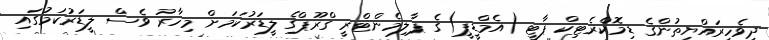
ދިވެހިރައްޔިތުންގެ ޑިމޮކްރެޓިކް ޕާޓީ (އެމްޑީޕީ)ގެ ޕާލިމެންޓްރީ ގްރޫޕްގެ ލީޑަރުކަމަށް މިހާރު ވެސް ލީޑަރުކަމުގައި